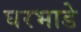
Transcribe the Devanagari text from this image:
घरभाडे